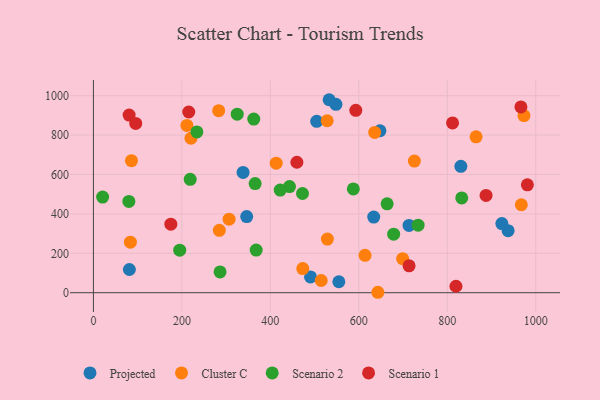
{"axis": {"x": "Price", "y": "Sales"}, "legend": ["Cluster C", "Projected", "Scenario 1", "Scenario 2"], "data": [{"x": "713.5", "y": 341.3, "type": "Projected"}, {"x": "504.8", "y": 870.1, "type": "Projected"}, {"x": "647.8", "y": 822.2, "type": "Projected"}, {"x": "830.7", "y": 641.3, "type": "Projected"}, {"x": "490.8", "y": 79.9, "type": "Projected"}, {"x": "81.3", "y": 117.8, "type": "Projected"}, {"x": "937.5", "y": 314.7, "type": "Projected"}, {"x": "548.3", "y": 956.4, "type": "Projected"}, {"x": "346.5", "y": 386.5, "type": "Projected"}, {"x": "532.9", "y": 979.6, "type": "Projected"}, {"x": "338.3", "y": 610.6, "type": "Projected"}, {"x": "554.8", "y": 55.5, "type": "Projected"}, {"x": "923.4", "y": 350.8, "type": "Projected"}, {"x": "633.7", "y": 384.0, "type": "Projected"}, {"x": "725.6", "y": 668.2, "type": "Cluster C"}, {"x": "528.5", "y": 873.0, "type": "Cluster C"}, {"x": "306.7", "y": 373.5, "type": "Cluster C"}, {"x": "614.1", "y": 189.9, "type": "Cluster C"}, {"x": "528.9", "y": 272.3, "type": "Cluster C"}, {"x": "86.0", "y": 670.2, "type": "Cluster C"}, {"x": "865.1", "y": 791.5, "type": "Cluster C"}, {"x": "211.3", "y": 848.9, "type": "Cluster C"}, {"x": "283.2", "y": 924.0, "type": "Cluster C"}, {"x": "967.4", "y": 446.4, "type": "Cluster C"}, {"x": "413.2", "y": 657.7, "type": "Cluster C"}, {"x": "699.1", "y": 172.6, "type": "Cluster C"}, {"x": "220.5", "y": 784.1, "type": "Cluster C"}, {"x": "973.4", "y": 899.2, "type": "Cluster C"}, {"x": "635.9", "y": 813.6, "type": "Cluster C"}, {"x": "643.1", "y": 2.2, "type": "Cluster C"}, {"x": "473.3", "y": 122.7, "type": "Cluster C"}, {"x": "515.0", "y": 61.9, "type": "Cluster C"}, {"x": "83.6", "y": 256.4, "type": "Cluster C"}, {"x": "284.7", "y": 316.5, "type": "Cluster C"}, {"x": "734.1", "y": 342.8, "type": "Scenario 2"}, {"x": "587.6", "y": 527.0, "type": "Scenario 2"}, {"x": "218.8", "y": 575.3, "type": "Scenario 2"}, {"x": "325.1", "y": 906.1, "type": "Scenario 2"}, {"x": "233.9", "y": 816.3, "type": "Scenario 2"}, {"x": "472.7", "y": 503.7, "type": "Scenario 2"}, {"x": "443.3", "y": 538.6, "type": "Scenario 2"}, {"x": "195.1", "y": 215.7, "type": "Scenario 2"}, {"x": "286.3", "y": 105.6, "type": "Scenario 2"}, {"x": "368.0", "y": 216.4, "type": "Scenario 2"}, {"x": "664.0", "y": 451.0, "type": "Scenario 2"}, {"x": "362.5", "y": 881.3, "type": "Scenario 2"}, {"x": "422.3", "y": 521.2, "type": "Scenario 2"}, {"x": "832.7", "y": 481.3, "type": "Scenario 2"}, {"x": "80.1", "y": 463.3, "type": "Scenario 2"}, {"x": "20.8", "y": 485.3, "type": "Scenario 2"}, {"x": "678.8", "y": 297.1, "type": "Scenario 2"}, {"x": "365.6", "y": 553.8, "type": "Scenario 2"}, {"x": "175.0", "y": 347.7, "type": "Scenario 1"}, {"x": "713.6", "y": 136.4, "type": "Scenario 1"}, {"x": "811.9", "y": 862.0, "type": "Scenario 1"}, {"x": "460.0", "y": 662.2, "type": "Scenario 1"}, {"x": "593.2", "y": 925.6, "type": "Scenario 1"}, {"x": "215.5", "y": 917.3, "type": "Scenario 1"}, {"x": "95.6", "y": 859.1, "type": "Scenario 1"}, {"x": "80.7", "y": 901.9, "type": "Scenario 1"}, {"x": "819.6", "y": 32.8, "type": "Scenario 1"}, {"x": "981.1", "y": 547.6, "type": "Scenario 1"}, {"x": "887.7", "y": 493.8, "type": "Scenario 1"}, {"x": "966.5", "y": 943.0, "type": "Scenario 1"}]}